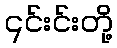
၎င်းင်းတို့